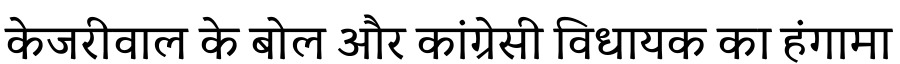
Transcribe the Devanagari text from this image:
केजरीवाल के बोल और कांग्रेसी विधायक का हंगामा